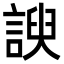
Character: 諛